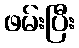
ဖမ်းပြီး